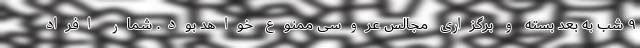
۹ شب به بعد بسته و برگزاری مجالس عروسی ممنوع خواهد بود. شمار افراد